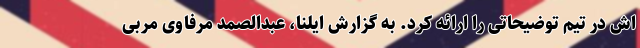
اش در تیم توضیحاتی را ارائه کرد. به گزارش ایلنا، عبدالصمد مرفاوی مربی